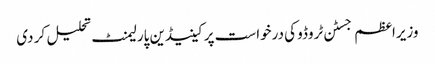
وزیراعظم جسٹن ٹروڈو کی درخواست پر کینیڈین پارلیمنٹ تحلیل کر دی